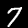
Digit: 7